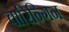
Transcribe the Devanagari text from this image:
वारिन्गिन